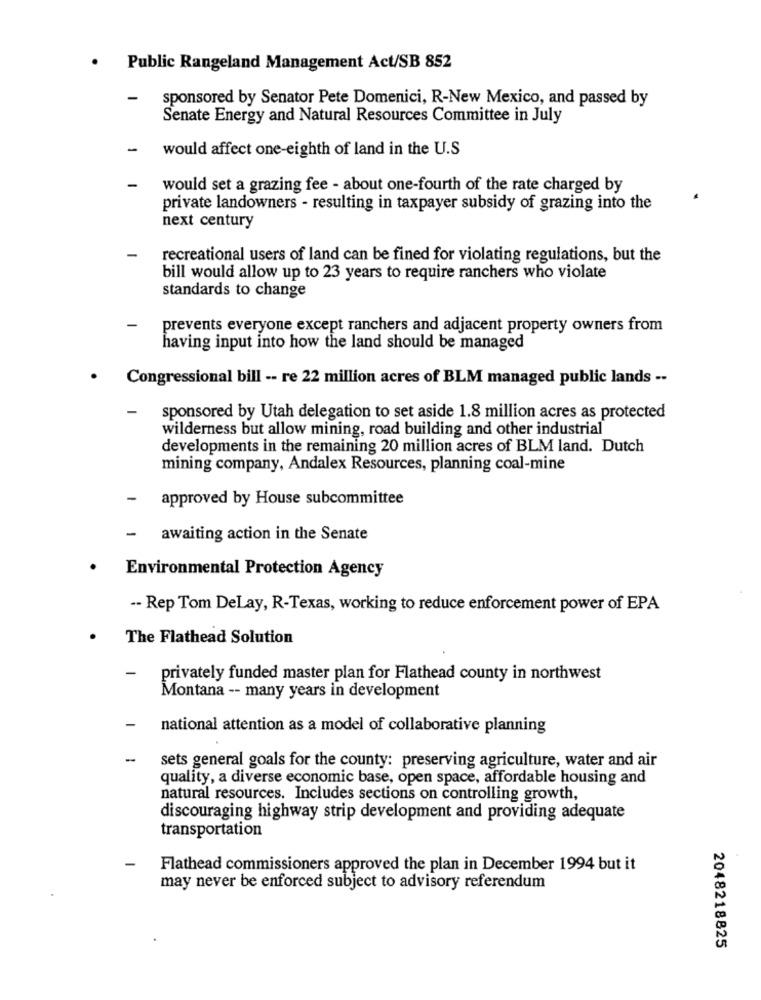
.
Public Rangeland Management Act/SB 852
-
sponsored by Senator Pete Domenici, R-New Mexico, and passed by
Senate Energy and Natural Resources Committee in July
-
would affect one-eighth of land in the U.S
-
would set a grazing fee - about one-fourth of the rate charged by
private landowners - resulting in taxpayer subsidy of grazing into the
next century
recreational users of land can be fined for violating regulations, but the
bill would allow up to 23 years to require ranchers who violate
standards to change
prevents everyone except ranchers and adjacent property owners from
having input into how the land should be managed
· Congressional bill -- re 22 million acres of BLM managed public lands --
-
sponsored by Utah delegation to set aside 1.8 million acres as protected
wilderness but allow mining, road building and other industrial
developments in the remaining 20 million acres of BLM land. Dutch
mining company, Andalex Resources, planning coal-mine
-
approved by House subcommittee
-
awaiting action in the Senate
Environmental Protection Agency
-- Rep Tom DeLay, R-Texas, working to reduce enforcement power of EPA
.
The Flathead Solution
-
privately funded master plan for Flathead county in northwest
Montana -- many years in development
national attention as a model of collaborative planning
sets general goals for the county: preserving agriculture, water and air
quality, a diverse economic base, open space, affordable housing and
natural resources. Includes sections on controlling growth,
discouraging highway strip development and providing adequate
transportation
Flathead commissioners approved the plan in December 1994 but it
may never be enforced subject to advisory referendum
2048218825